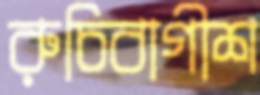
রুচিবাগীশ